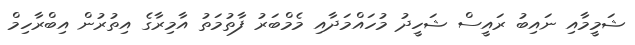
ޝަމީމާއި ނައިބު ރައީސް ޝަހީދު މުހައްމަދާއި މެމްބަރު ފާތުމަތު އާމިރާގެ އިތުރުން އިބްރާހިމް